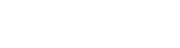
အာဟာရဓာတ်များ